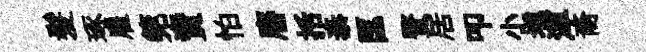
髪琢雇筦賣怕譍括泰匡贅居叩小壎渾裔